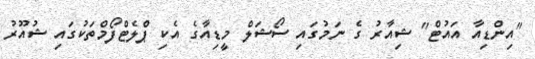
"އިންޑިއާ އައުޓް" ޝިއާރު ގެ ނަމުގައި ސޯޝަލް މީޑިއާގެ އެކި ޕްލެޓްފޯމްތަކުގައި ޝުއޫރު